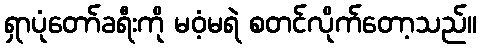
ရှာပုံတော်ခရီးကို မဝံ့မရဲ စတင်လိုက်တော့သည်။